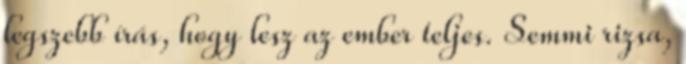
legszebb írás, hogy lesz az ember teljes. Semmi rizsa,